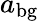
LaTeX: a_{\mathrm{bg}}